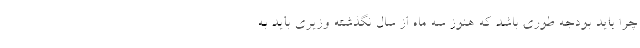
چرا باید بودجه طوری باشد که هنوز سه ماه از سال نگذشته وزیری باید به